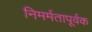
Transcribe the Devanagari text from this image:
निमर्मतापूर्वक